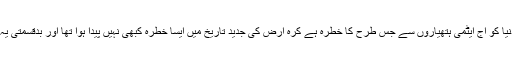
اس حقیقت بلکہ المناک حقیقت سے کون انکار کر سکتا ہے کہ دنیا کو آج ایٹمی ہتھیاروں سے جس طرح کا خطرہ ہے کرہ ارض کی جدید تاریخ میں ایسا خطرہ کبھی نہیں پیدا ہوا تھا اور بدقسمتی یہ ہے کہ اس خطرے کا آغاز خود امریکا کے حکمرانوں نے کیا۔